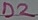
Text: D2